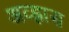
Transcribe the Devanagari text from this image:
अव्ह्रास